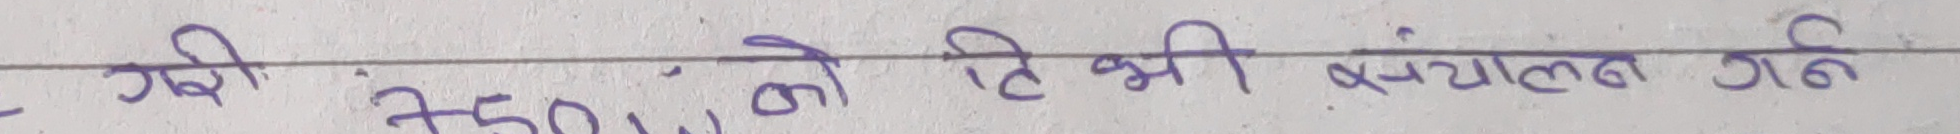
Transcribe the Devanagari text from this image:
गरी 750/- को तिमी संचालन गर्न